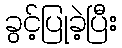
ခွင့်ပြုခဲ့ပြီး